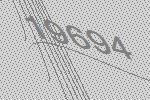
19694